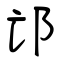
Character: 邙